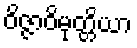
ဝိဇ္ဇာဝိမုတ္တိယာ